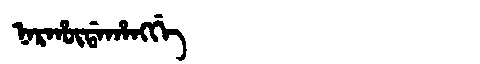
Manchu: ᠨᠠᡵᡥᡡᡩᠠᡥᠠᠩᡤᡝ
Romanization: NARHŪDAHANGGE